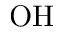
\mathrm { O H }